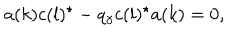
a ( k ) c ( l ) ^ { \star } - q _ { \gamma } c ( l ) ^ { \star } a ( k ) = 0 ,